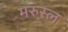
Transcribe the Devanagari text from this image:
मरुस्ल